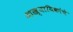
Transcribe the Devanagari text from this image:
आख्यायिकांचे